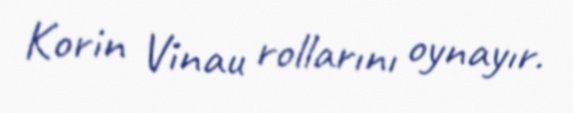
Korin Vinau rollarını oynayır.